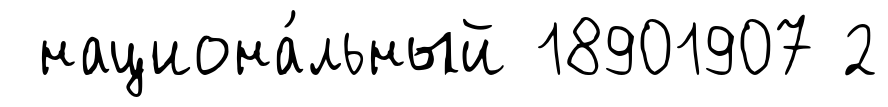
национа́льный 18901907 2